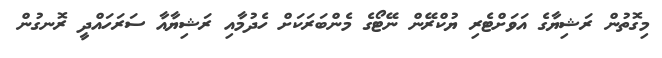
މިގޮތުން ރަޝިޔާގެ އަވަށްޓެރި ޔުކްރޭން ނޭޓޯގެ މެންބަރަކަށް ހެދުމާއި ރަޝިޔާއާ ސަރަހައްދީ ރޮނގުން